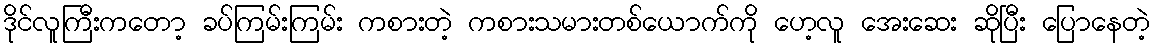
ဒိုင်လူကြီးကတော့ ခပ်ကြမ်းကြမ်း ကစားတဲ့ ကစားသမားတစ်ယောက်ကို ဟေ့လူ အေးဆေး ဆိုပြီး ပြောနေတဲ့